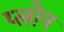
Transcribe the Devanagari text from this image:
प्लोन